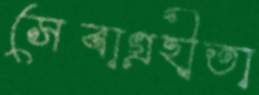
সেবাগ্রহীতা